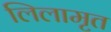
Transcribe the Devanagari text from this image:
लिलामृत